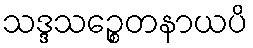
သဒ္ဒသဉ္စေတနာယပိ